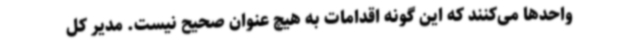
واحدها می‌کنند که این گونه اقدامات به هیچ ‌عنوان صحیح نیست. مدیر کل